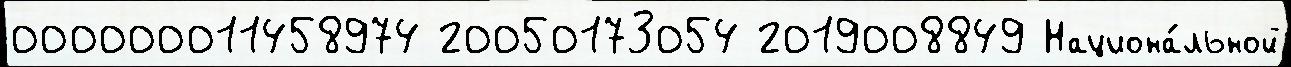
000000011458974 20050173054 2019008849 Национа́льной